Indian journal of veterinary science and animal husbandry - Volumes 18-21, 1948-1951
Year: 1948
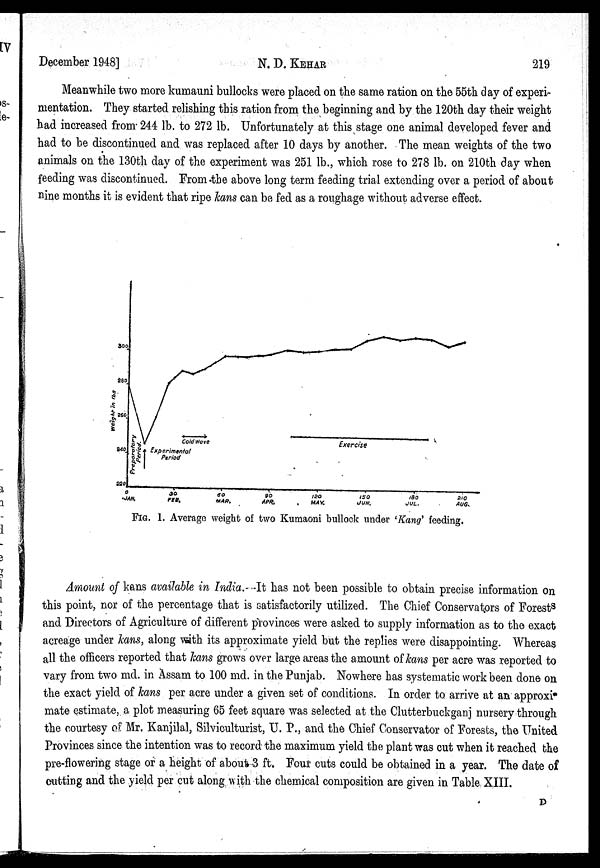
December 1948]
N. D. KEHAR
219
Meanwhile two more kumauni bullocks were placed on the same ration on the 55th day of experi-
mentation. They started relishing this ration from the beginning and by the 120th day their weight
had increased from 244 lb. to 272 lb. Unfortunately at this stage one animal developed fever and
had to be discontinued and was replaced after 10 days by another. The mean weights of the two
animals on the 130th day of the experiment was 251 lb., which rose to 278 lb. on 210th day when
feeding was discontinued. From the above long term feeding trial extending over a period of about
nine months it is evident that ripe kans can be fed as a roughage without adverse effect.
FIG. 1. Average weight of two Kumaoni bullock under 'Kang' feeding.
Amount of kans available in India. It has not been possible to obtain precise information on
this point, nor of the percentage that is satisfactorily utilized. The Chief Conservators of Forests
and Directors of Agriculture of different provinces were asked to supply information as to the exact
acreage under kans, along with its approximate yield but the replies were disappointing. Whereas
all the officers reported that leans grows over large areas the amount of kans per acre was reported to
vary from two md. in Assam to 100 md. in the Punjab. Nowhere has systematic work been done on
the exact yield of kans per acre under a given set of conditions. In order to arrive at an approxi
mate estimate, a plot measuring 65 feet square was selected at the Clutterbuckganj nursery through
the courtesy of Mr. Kanjilal, Silviculturist, U. P., and the Chief Conservator of Forests, the United
Provinces since the intention was to record the maximum yield the plant was cut when it reached the
pre-flowering stage or a height of about 3 ft. Four cuts could be obtained in a year. The date of
cutting and the yield per cut along with the chemical composition are given in Table XIII.
D